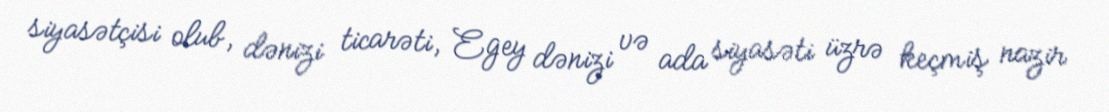
siyasətçisi olub, dənizi ticarəti, Egey dənizi və ada siyasəti üzrə keçmiş nazir